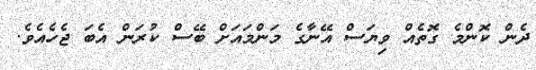
ދެން ކޮންމެ ގޮތެއް ވިޔަސް އޭނާގެ މަންމައަށް ބޭސް ކުރަން އެބަ ޖެހެއެވެ.